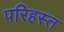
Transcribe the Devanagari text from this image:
परिहस्त